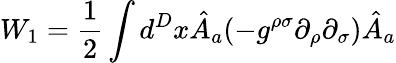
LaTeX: W_{1}=\frac{1}{2}\int d^{D}x\hat{A}_{a}(-g^{\rho\sigma}\partial_{\rho}\partial_{\sigma})\hat{A}_{a}